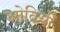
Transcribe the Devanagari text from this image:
ओवियों